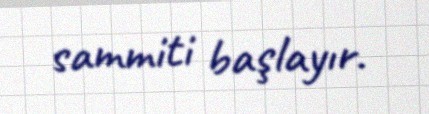
sammiti başlayır.